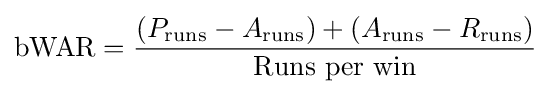
{\text{bWAR}}={\frac {(P_{\text{runs}}-A_{\text{runs}})+(A_{\text{runs}}-R_{\text{runs}})}{\text{Runs per win}}}